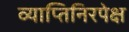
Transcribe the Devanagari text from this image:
व्याप्तिनिरपेक्ष